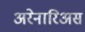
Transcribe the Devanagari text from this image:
अरेनारिअस